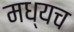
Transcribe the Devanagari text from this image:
मध्यच